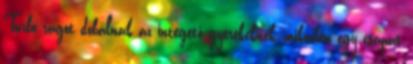
Turbo rágót dobálnak az integető gyerekeknek, miközben egy csapat